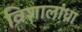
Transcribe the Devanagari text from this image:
विशालांध्रा